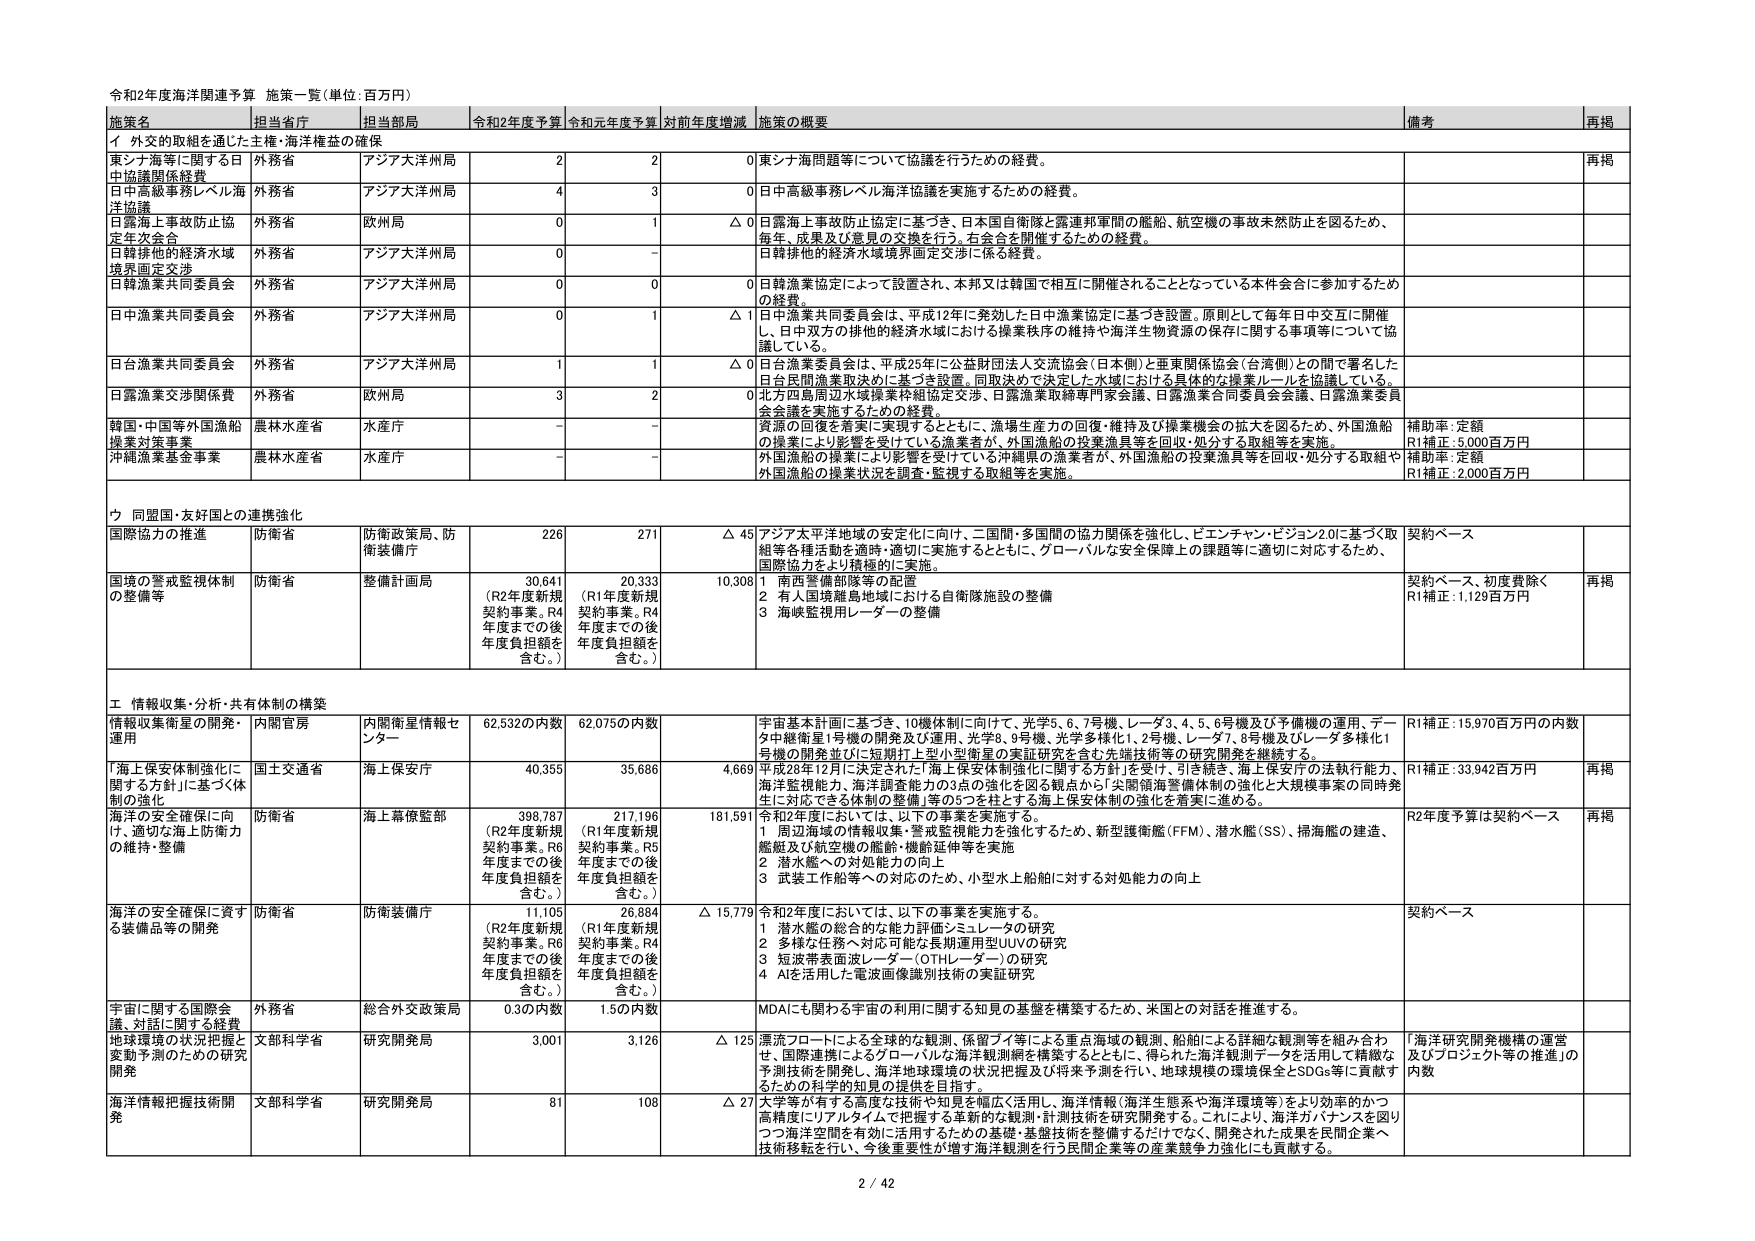
令和2年度海洋関連予算 施策一覧（単位：百万円）

施策名 担当省庁 担当部局 令和2年度予算 令和元年度予算 対前年度増減 施策の概要 備考 再掲

イ 外交的取組を通じた主権・海洋権益の確保

東シナ海等に関する日中協議関係経費 外務省 アジア大洋州局 2 2 0 東シナ海問題等について協議を行うための経費。 再掲

日中高級事務レベル海洋協議 外務省 アジア大洋州局 4 3 0 日中高級事務レベル海洋協議を実施するための経費。

日露海上事故防止協定年次会合 外務省 欧州局 0 1 △ 0 日露海上事故防止協定に基づき、日本国自衛隊と露西軍間の船舶、航空機の事故未然防止を図るため、毎年、成果及び意見の交換を行う、会合を開催するための経費。

日韓排他的経済水域境界画定交渉 外務省 アジア大洋州局 0 - 0 日韓排他的経済水域境界画定交渉に係る経費。

日韓漁業共同委員会 外務省 アジア大洋州局 0 0 0 日韓漁業協定によって設置され、本邦又は韓国で相互に開催されることとなっている本件会合に参加するための経費。

日中漁業共同委員会 外務省 アジア大洋州局 0 1 △ 1 日中漁業共同委員会は、平成12年に発効した日中漁業協定に基づき設置、原則として毎年日中交互に開催し、日中双方の排他的経済水域における操業秩序の維持や海洋生物資源の保存に関する事項等について協議している。

日台漁業共同委員会 外務省 アジア大洋州局 1 1 △ 0 日台漁業委員会は、平成25年に公益財団法人交流協会（日本側）と亜東関係協会（台湾側）との間で署名した日台民間漁業取決めにに基づき設置、同取決めで決定した水域における具体的な操業ルールを協議している。

日露漁業交渉関係費 外務省 欧州局 3 2 0 北方四島周辺水域漁業枠組協定交渉、日露漁業取締専門家会議、日露漁業合同委員会会議、日露漁業委員会会議を実施するための経費。

韓国・中国等外国漁船操業対策事業 農林水産省 水産庁 - - 資源の回復を着実に実現するとともに、漁場生産力の回復・維持及び操業機会の拡大を図るため、外国漁船の操業により影響を受けている漁業者が、外国漁船の投棄漁具等を回収・処分する取組等を実施。 補助率：定額 R1補正：5,000百万円

沖縄漁業基金事業 農林水産省 水産庁 - - 外国漁船の操業により影響を受けている沖縄県の漁業者が、外国漁船の投棄漁具等を回収・処分する取組や外国漁船の操業状況の調査・監視する取組等を実施。 補助率：定額 R1補正：2,000百万円

ウ 同盟国・友好国との連携強化

国際協力の推進 防衛省 防衛政策局、防衛装備庁 226 271 △ 45 アジア太平洋地域の安定化に向け、二国間・多国間の協力関係を強化し、ピエンチャン・ビジョン2.0に基づく取組等各種活動を適時・適切に実施するとともに、グローバルな安全保障上の課題等に適切に対応するため、国際協力をより積極的に実施。 契約ベース

国境の警戒監視体制の整備等 防衛省 整備計画局 30,641 （R2年度新規契約事業。R4年度までの後年度負担額を含む。） 20,333 （R1年度新規契約事業。R4年度までの後年度負担額を含む。） 10,308 1 南西警備部隊等の配置 2 有人国境離島地域における自衛隊施設の整備 3 海峡監視用レーダーの整備 契約ベース、初度費除く R1補正：1,129百万円 再掲

エ 情報収集・分析・共有体制の構築

情報収集衛星の開発・運用 内閣官房 内閣衛星情報センター 62,532の内数 62,075の内数 宇宙基本計画に基づき、10機体制に向けて、光学5、6、7号機、レーダ3、4、5、6号機及び予備機の運用、データ中継衛星1号機の開発及び運用、光学8、9号機、光学多様化1、2号機、レーダ7、8号機及びレーダ多様化1号機の開発並びに短期打上げ小型衛星の実証研究を含む先端技術等の研究開発を継続する。 R1補正：15,970百万円の内数

「海上保安体制強化に関する方針」に基づく体制の強化 国土交通省 海上保安庁 40,355 35,686 4,669 平成28年12月に決定された「海上保安体制強化に関する方針」を受け、引き続き、海上保安庁の法執行能力、海洋監視能力、海洋調査能力の3点の強化を図る観点から「尖閣領海警備体制の強化と大規模事業の同時発生に対応できる体制の整備」等の5つを柱とする海上保安体制の強化を着実に進める。 R1補正：33,942百万円 再掲

海洋の安全確保に向け、適切な海上防衛力の維持・整備 防衛省 海上幕僚監部 398,787 （R2年度新規契約事業。R6年度までの後年度負担額を含む。） 217,196 （R1年度新規契約事業。R5年度までの後年度負担額を含む。） 181,591 令和2年度においては、以下の事業を実施する。 1 周辺海域の情報収集・警戒監視能力を強化するため、新型護衛艦（FFM）、潜水艦（SS）、掃海艦の建造、艦艇及び航空機の艦幹・機幹延伸等を実施 2 潜水艦への対処能力の向上 3 武装工作船等への対応のため、小型水上船舶に対する対処能力の向上 R2年度予算は契約ベース 再掲

海洋の安全確保に資する装備品等の開発 防衛省 防衛装備庁 11,105 （R2年度新規契約事業。R6年度までの後年度負担額を含む。） 26,884 （R1年度新規契約事業。R4年度までの後年度負担額を含む。） △ 15,779 令和2年度においては、以下の事業を実施する。 1 潜水艦の総合的な能力評価シミュレータの研究 2 多様な任務へ対応可能な長期運用型UUVの研究 3 短波帯表面波レーダー（OTHレーダー）の研究 4 AIを活用した電波画像識別技術の実証研究 契約ベース

宇宙に関する国際会議、対話に関する経費 外務省 総合外交政策局 0.30の内数 1.50の内数 MDAに関わる宇宙の利用に関する知見の基盤を構築するため、米国との対話を推進する。

地球環境の状況把握と変動予測のための研究開発 文部科学省 研究開発局 3,001 3,126 △ 125 漂流フロートによる全球的な観測、保留ブイ等による重点海域の観測、船舶による詳細な観測等を組み合わせ、国際連携によるグローバルな海洋観測網を構築するとともに、得られた海洋観測データを活用して精緻な予測技術を開発し、海洋地球環境の状況把握及び将来予測を行い、地球規模の環境保全とSDGs等に貢献するための科学的知見の提供を目指す。 「海洋研究開発機構の運営及びプロジェクト等の推進」の内数

海洋情報把握技術開発 文部科学省 研究開発局 81 108 △ 27 大学等が有する高度な技術や知見を幅広く活用し、海洋情報（海洋生態系や海洋環境等）をより効率的かつ高精度にリアルタイムで把握する革新的な観測・計測技術を研究開発する。これにより、海洋カバナンスを図りつつ海洋空間を有効に活用するための基礎・基盤技術を整備するだけでなく、開発された成果を民間企業へ技術移転を行い、今後重要性が増す海洋観測を行う民間企業等の産業競争力強化にも貢献する。

2 / 42